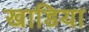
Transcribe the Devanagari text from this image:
खाडिया